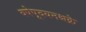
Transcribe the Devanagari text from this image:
वषेषूदयनश्चक्रे